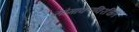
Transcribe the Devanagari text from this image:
सोमाकरविरचित